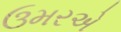
ઉમરએ